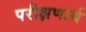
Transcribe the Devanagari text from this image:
परीक्षणार्थ